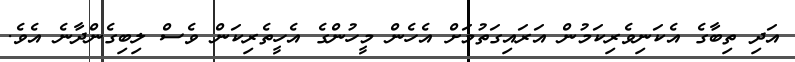
އަދި ތިބާގެ އެކަނިވެރިކަމުން އަރައިގަތުމަށް އެހެން މީހުންގެ އެހީތެރިކަން ވެސް ލިބިގެންދާނެ އެވެ.